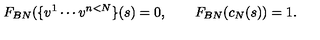
F _ { B N } ( \{ v ^ { 1 } \cdots v ^ { n < N } \} ( s ) = 0 , \qquad F _ { B N } ( c _ { N } ( s ) ) = 1 .